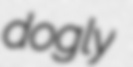
dogly